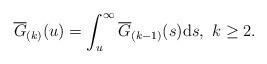
LaTeX: \begin{align*}\overline{G}_{(k)}(u)=\int_{u}^{\infty}\overline{G}_{(k-1)}(s)\mathrm{d}s,~k\geq2.\end{align*}